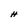
Character: H